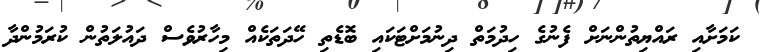
ކަމަށާއި ރައްޔިތުންނަށް ފެނުގެ ހިދުމަތް ދިނުމަށްޓަކައި ބޮޑެތި ހޭދަތަކެއް މިހާރުވެސް ދައުލަތުން ކުރަމުންދާ